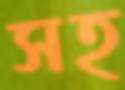
সহ